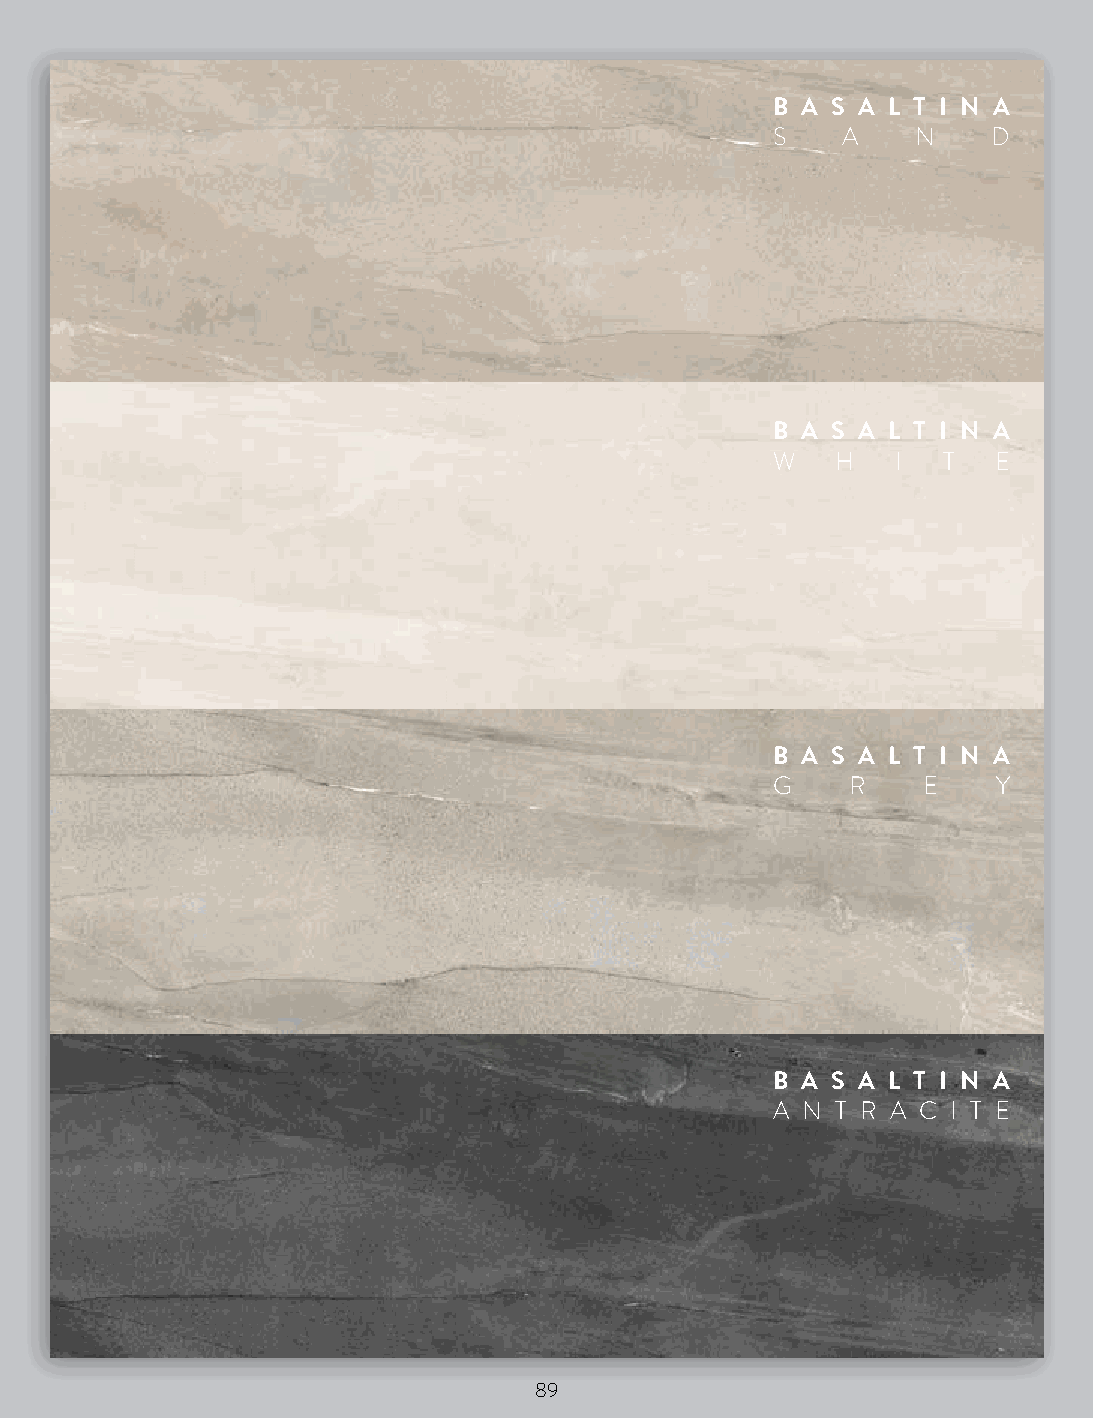
B A S A L T I N A
 S    A    N    D
 B A S A L T I N A
 W   H   I  T   E
 B A S A L T I N A
 G    R    E    Y
 B A S A L T I N A
 A N T R A C I T E
 89